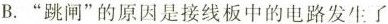
B.”跳闸”的原因是接线板中的电路发生了